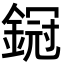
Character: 𨩶